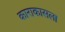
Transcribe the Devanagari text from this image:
काराकासला